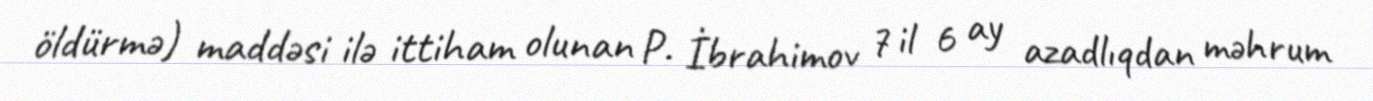
öldürmə) maddəsi ilə ittiham olunan P. İbrahimov 7 il 6 ay azadlıqdan məhrum